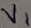
Text: V1